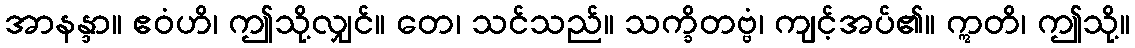
အာနန္ဒာ။ ဧဝံဟိ၊ ဤသို့လျှင်။ တေ၊ သင်သည်။ သက္ခိတဗ္ဗံ၊ ကျင့်အပ်၏။ ဣတိ၊ ဤသို့။